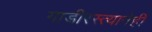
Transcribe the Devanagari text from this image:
गाडीरस्त्यानेही